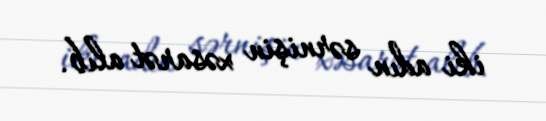
iki adın sərnişin xəsarət alıb.